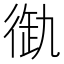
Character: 𢔞